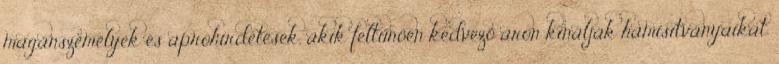
magánszemélyek és apróhirdetések, akik feltűnően kedvező áron kínálják hamisítványaikat.